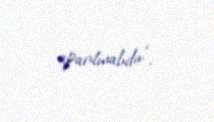
aparılmalıdır”.